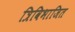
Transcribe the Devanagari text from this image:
त्रिविभाजित